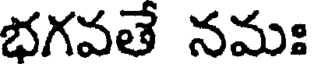
భగవతే నమః